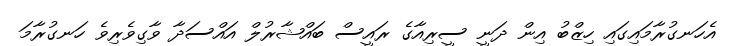
އެހަނގުރާމައިގައި ހިޒްބު އިން ދަނީ ސީރިއާގެ ރައީސް ބައްޝާރުލް އައްސަދާ ވާގިވެރިވެ ހަނގުރާމަ